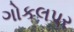
ગોકલપર